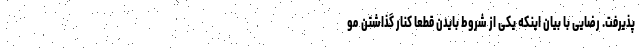
پذیرفت. رضایی با بیان اینکه یکی از شروط بایدن قطعا کنار گذاشتن مو